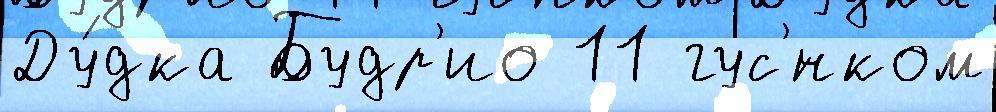
Ду́дка Будр'ио 11 гус'́нком